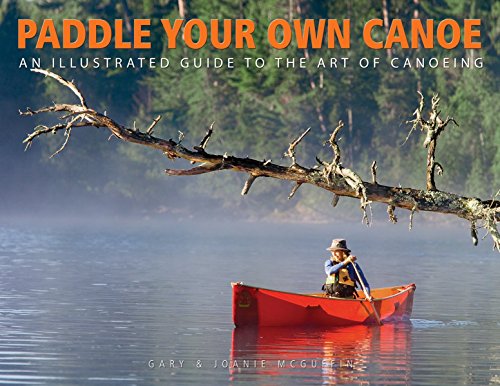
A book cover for Paddle Your Own Canoe: An Illustrated Guide to the Art of Canoeing; Gary McGuffin; Sports & Outdoors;